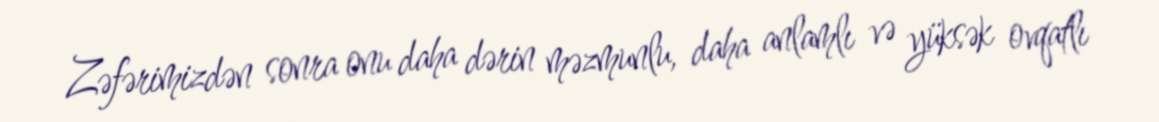
Zəfərimizdən sonra onu daha dərin məzmunlu, daha anlamlı və yüksək ovqatlı